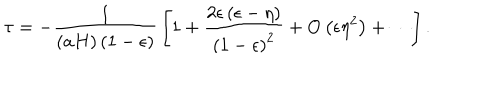
\tau = - { \frac { 1 } { \left( a H \right) \left( 1 - \epsilon \right) } } \left[ 1 + { \frac { 2 \epsilon \left( \epsilon - \eta \right) } { \left( 1 - \epsilon \right) ^ { 2 } } } + \mathrm { O } \left( \epsilon \eta ^ { 2 } \right) + \cdots \right] .